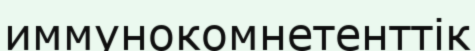
иммунокомнетенттік